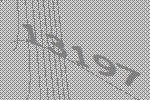
13197